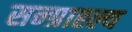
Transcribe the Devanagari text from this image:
सन्ग्राह्ल्य